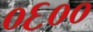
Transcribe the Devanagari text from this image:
०६००